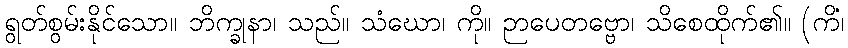
ရွတ်စွမ်းနိုင်သော။ ဘိက္ခုနာ၊ သည်။ သံဃော၊ ကို။ ဉာပေတဗ္ဗော၊ သိစေထိုက်၏။ (ကိံ၊